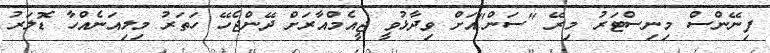
ފިނޭންސް މިނިސްޓަރު މިރޭ "ސަން"އަށް ވިދާޅުވީ ޖީއެމްއާރަށް ދޭންޖެހޭ ހަތަރު މިލިއަނެއްހާ ޑޮލަރު